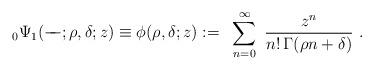
LaTeX: \begin{align*}{}_0\Psi_1(-\!\!\!-; \rho,\delta;z)\equiv\phi(\rho, \delta; z) := ~\sum_{n = 0}^{\infty}~\frac{z^n}{n!\,\Gamma (\rho n + \delta)}~.\end{align*}